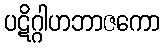
ပဋိဂ္ဂါဟဘာဇကော